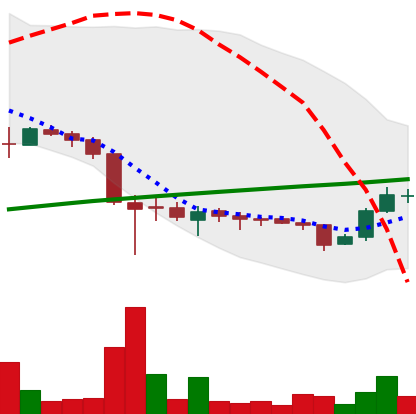
Ticker: LTC-USD
Chart end date: 2015-09-07
Forward return: -7.234%
Label: down_7plus